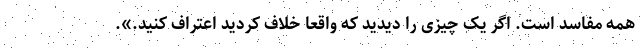
همه مفاسد است. اگر یک چیزی را دیدید که واقعا خلاف کردید اعتراف کنید.».